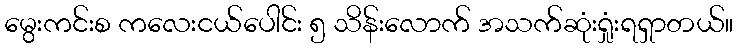
မွေးကင်းစ ကလေးငယ်ပေါင်း ၅ သိန်းလောက် အသက်ဆုံးရှုံးရရှာတယ်။